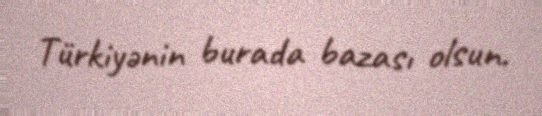
Türkiyənin burada bazası olsun.